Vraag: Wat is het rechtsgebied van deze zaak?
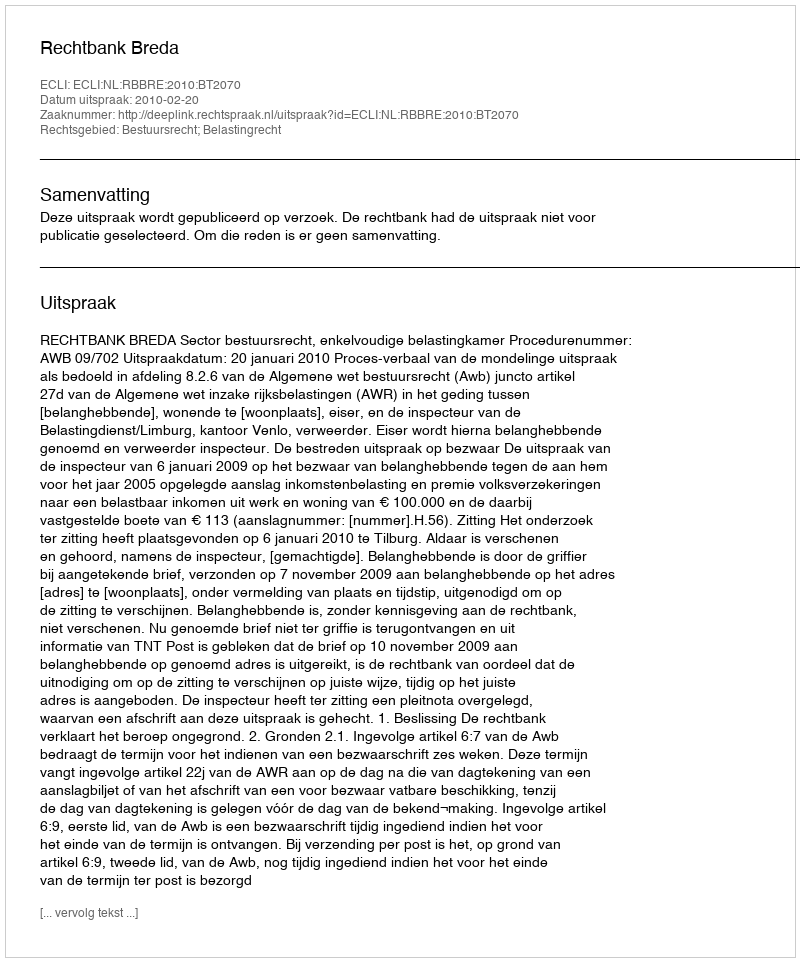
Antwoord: Bestuursrecht; Belastingrecht